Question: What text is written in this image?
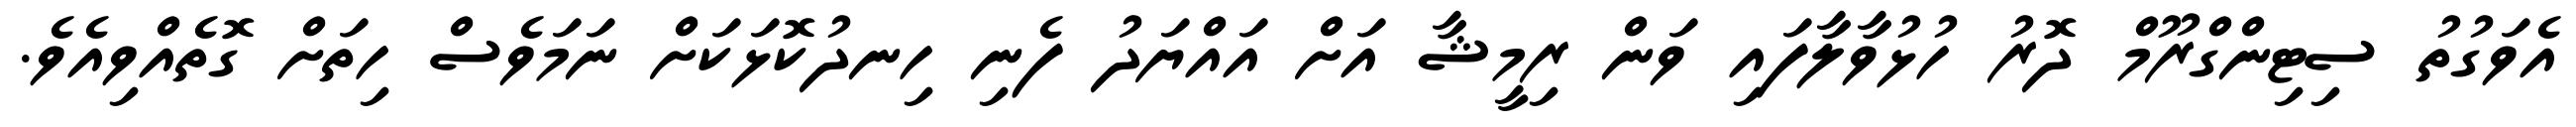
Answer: އެވަގުތު ސިޓިންގްރޫމް ދޮރު ހުޅުވާލާފައި ވަން ރިމީޝާ އަށް އައްޔަދު ފެނި ހިނދުކޮޅަކަށް ނަމަވެސް ހިތަށް ގޮތެއްވިއެވެ.